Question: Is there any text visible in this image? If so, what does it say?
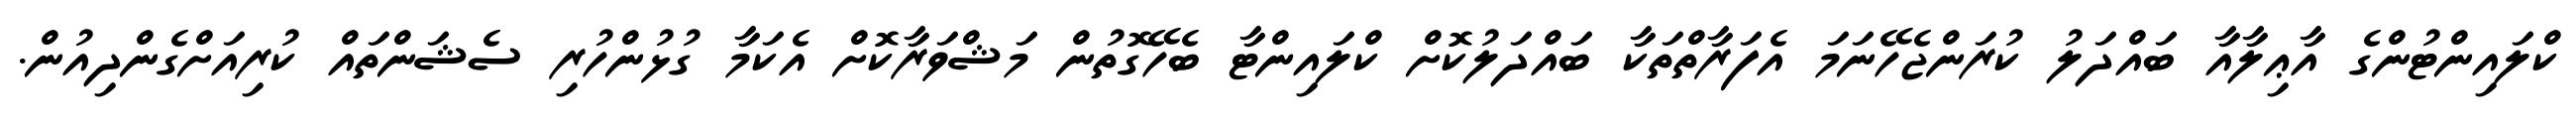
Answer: ކްލައިންޓުންގެ އާޢިލާއާ ބައްދަލު ކުރަންޖެހޭނަމަ އެފަރާތްތަކާ ބައްދަލުކޮށް ކްލައިންޓާ ބެހޭގޮތުން މަޝްވަރާކޮށް އެކަމާ ގުޅުންހުރި ސެޝަންތައް ކުރިއަށްގެންދިއުން.